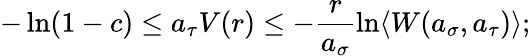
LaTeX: -\ln(1-c)\leq a_{\tau}V(r)\leq-\frac{r}{a_{\sigma}}\ln\langle W(a_{\sigma},a_{\tau})\rangle;